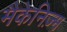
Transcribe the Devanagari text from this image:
मैकेनिज़्म